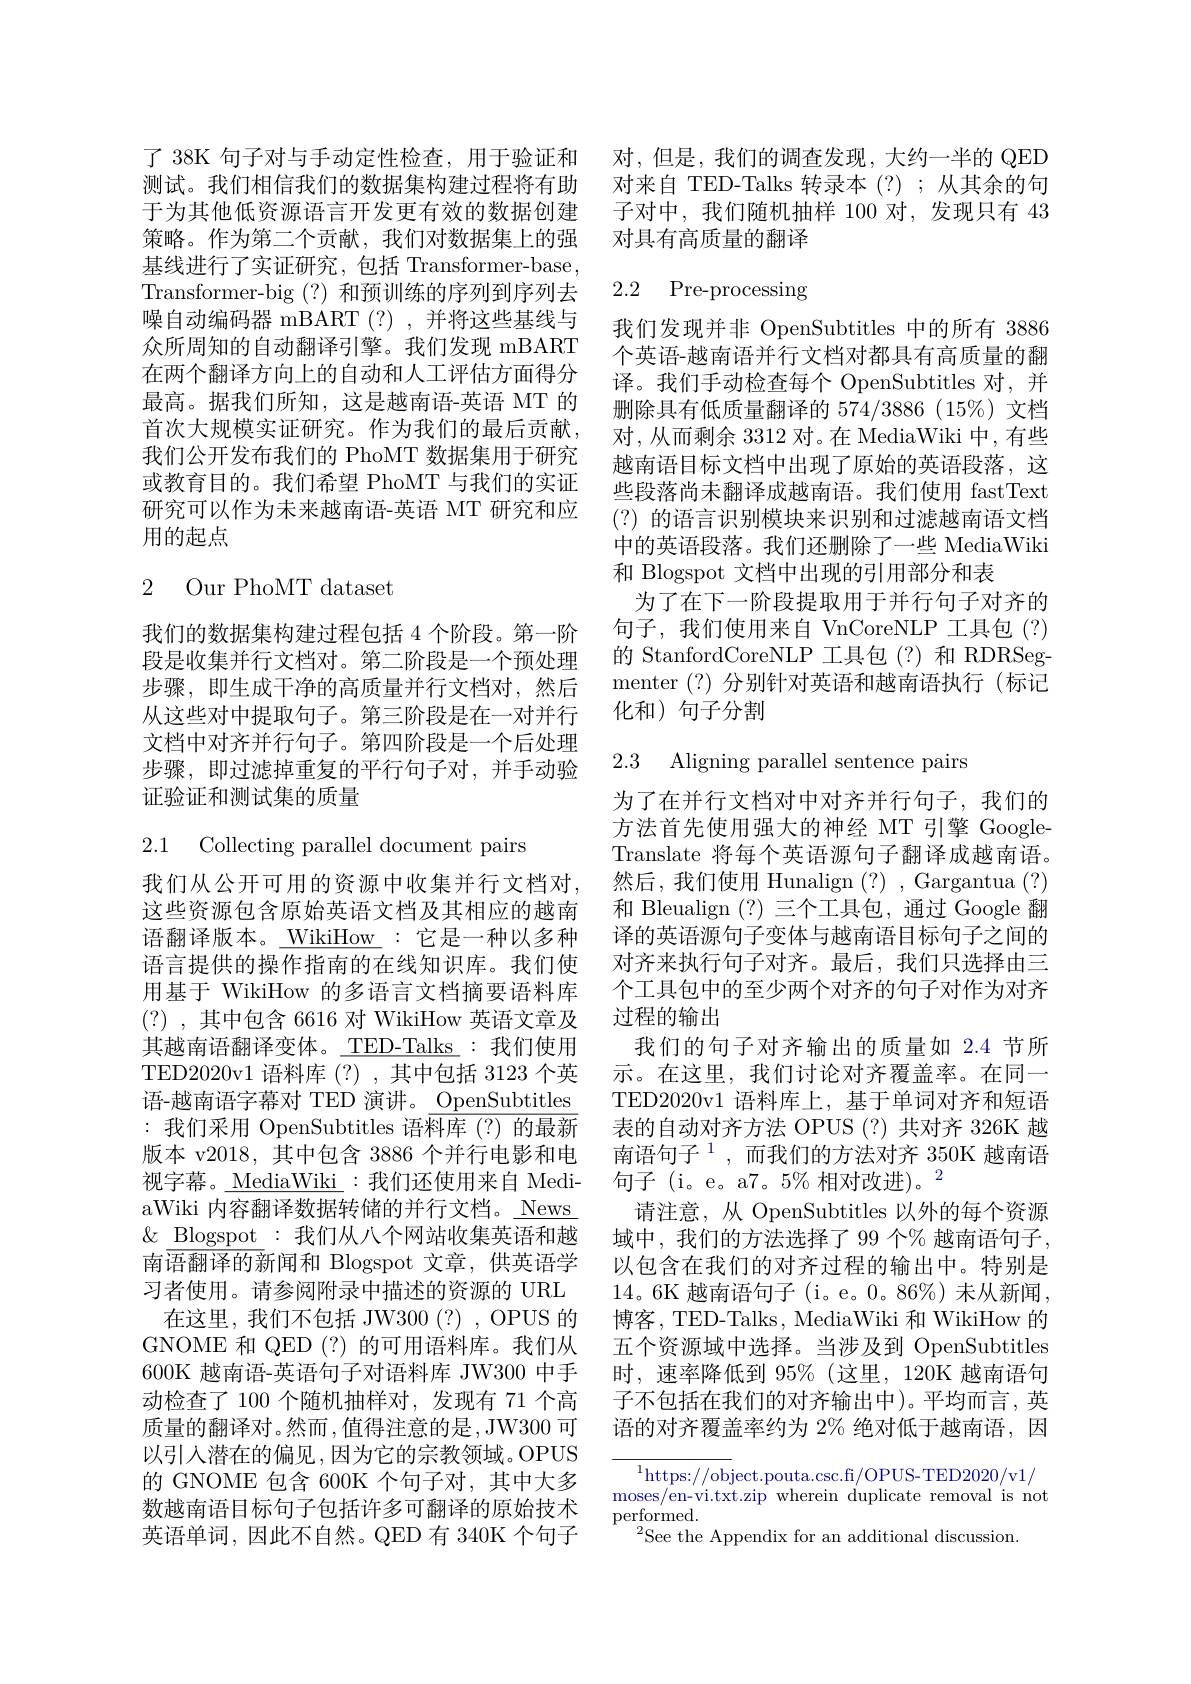
策略。作为第二个贡献，我们对数据集上的强基线进行了实证研究，包括 Transformer-base, Transformer-big (?) 和预训练的序列到序列去噪自动编码器 mBART(?),并将这些基线与众所周知的自动翻译引擎。我们发现 mBART 在两个翻译方向上的自动和人工评估方面得分最高。据我们所知，这是越南语-英语 MT 的首次大规模实证研究。作为我们的最后贡献， 我们公开发布我们的 PhoMT 数据集用于研究或教育目的。我们希望 PhoMT 与我们的实证研究可以作为未来越南语-英语 MT 研究和应用的起点

## 2 Our PhoMT dataset

我们的数据集构建过程包括 4 个阶段。第一阶段是收集并行文档对。第二阶段是一个预处理步骤，即生成干净的高质量并行文档对，然后从这些对中提取句子。第三阶段是在一对并行文档中对齐并行句子。第四阶段是一个后处理步骤，即过滤掉重复的平行句子对，并手动验证验证和测试集的质量

2.1 Collecting parallel document pairs

我们从公开可用的资源中收集并行文档对， 这些资源包含原始英语文档及其相应的越南语翻译版本。\_ WikiHow : 它是一种以多种语言提供的操作指南的在线知识库。我们使用基于 WikiHow 的多语言文档摘要语料库(?) ,其中包含 6616 对 WikiHow 英语文章及其越南语翻译变体。\_TED-Talks :我们使用TED2020v1 语料库(?) ,其中包括 3123 个英语-越南语字幕对 TED 演讲。\_OpenSubtitles :我们采用 OpenSubtitles 语料库(?)的最新版本 v2018,其中包含 3886 个并行电影和电视字幕。MediaWiki :我们还使用来自 MediaWiki 内容翻译数据转储的并行文档。News $\&$ Blogspot :我们从八个网站收集英语和越南语翻译的新闻和 Blogspot 文章，供英语学习者使用。请参阅附录中描述的资源的 URL
在这里，我们不包括 JW300(?), OPUS 的GNOME 和 QED(?)的可用语料库。我们从600K 越南语-英语句子对语料库 JW300 中手动检查了 100 个随机抽样对，发现有 71 个高质量的翻译对。然而，值得注意的是，JW300 可以引入潜在的偏见，因为它的宗教领域。OPUS 的 GNOME 包含 600K 个句子对，其中大多数越南语目标句子包括许多可翻译的原始技术英语单词，因此不自然。QED 有 340K 个句子

了 38K 句子对与手动定性检查，用于验证和 对，但是，我们的调查发现，大约一半的 QED 测试。我们相信我们的数据集构建过程将有助 对来自 TED-Talks 转录本(?);从其余的句于为其他低资源语言开发更有效的数据创建 子对中，我们随机抽样 100 对，发现只有 43
对具有高质量的翻译

# 2.2 Pre-processing

我们发现并非 OpenSubtitles 中的所有 3886个英语-越南语并行文档对都具有高质量的翻译。我们手动检查每个 OpenSubtitles 对，并删除具有低质量翻译的 574/3886 (15%) 文档对，从而剩余 3312 对。在 MediaWiki 中，有些越南语目标文档中出现了原始的英语段落，这些段落尚未翻译成越南语。我们使用 fastText (?)的语言识别模块来识别和过滤越南语文档中的英语段落。我们还删除了一些 MediaWiki 和 Blogspot 文档中出现的引用部分和表
为了在下一阶段提取用于并行句子对齐的句子，我们使用来自 VnCoreNLP 工具包(?) 的 StanfordCoreNLP 工具包(?)和 RDRSegmenter (?)分别针对英语和越南语执行(标记化和)句子分割

2.3 Aligning parallel sentence pairs

为了在并行文档对中对齐并行句子，我们的方法首先使用强大的神经 MT 引擎 GoogleTranslate 将每个英语源句子翻译成越南语。然后，我们使用 Hunalign (?), Gargantua (?) 和 Bleualign (?)三个工具包，通过 Google 翻译的英语源句子变体与越南语目标句子之间的对齐来执行句子对齐。最后，我们只选择由三个工具包中的至少两个对齐的句子对作为对齐过程的输出
我们的句子对齐输出的质量如 2.4 节所示。在这里，我们讨论对齐覆盖率。在同一TED2020v1 语料库上，基于单词对齐和短语表的自动对齐方法 OPUS (?) 共对齐 326K 越南语句子$^1$,而我们的方法对齐 350K 越南语句子(i。e。a7。5%相对改进)。2
请注意，从 OpenSubtitles 以外的每个资源域中，我们的方法选择了 99 个% 越南语句子， 以包含在我们的对齐过程的输出中。特别是14。6K 越南语句子 (i。e。0。86%) 未从新闻， 博客，TED-Talks, MediaWiki 和 WikiHow 的五个资源域中选择。当涉及到 OpenSubtitles 时，速率降低到 95%(这里，120K 越南语句子不包括在我们的对齐输出中)。平均而言，英语的对齐覆盖率约为 2% 绝对低于越南语，因

$^{1}$https://object.pouta.csc.fi/OPUS-TED2020/v1/ moses/en-vi.txt.zip wherein duplicate removal is not performed.
$^{2}$See the Appendix for an additional discussion